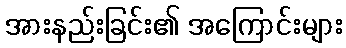
အားနည်းခြင်း၏ အကြောင်းများ